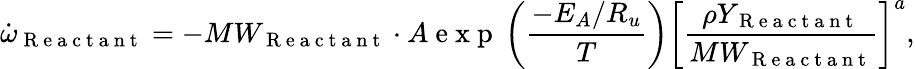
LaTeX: \dot{\omega}_{\mathrm{~R~e~a~c~t~a~n~t~}}=-MW_{\mathrm{~R~e~a~c~t~a~n~t~}}\cdot A\mathrm{~e~x~p~}\left(\frac{-E_{A}/R_{u}}{T}\right)\left[\frac{\rho Y_{\mathrm{~R~e~a~c~t~a~n~t~}}}{MW_{\mathrm{~R~e~a~c~t~a~n~t~}}}\right]^{a},